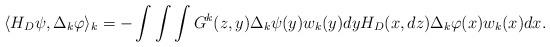
LaTeX: \begin{align*}\langle H_D\psi, \Delta_k\varphi\rangle_k= -\int\int\int G^k(z,y)\Delta_k\psi(y)w_k(y)dyH_D(x,dz)\Delta_k\varphi(x)w_k(x)dx.\end{align*}